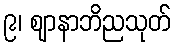
၉၊ ဈာနာဘိညသုတ်